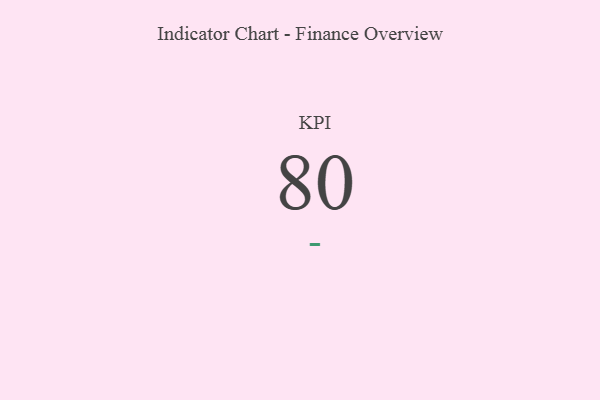
{"axis": {"x": "KPI", "y": "Value"}, "legend": [""], "data": [{"x": "KPI", "y": 80, "type": ""}]}